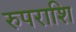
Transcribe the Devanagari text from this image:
रुपराशि